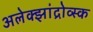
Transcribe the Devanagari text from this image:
अलेक्झांद्रोव्स्क